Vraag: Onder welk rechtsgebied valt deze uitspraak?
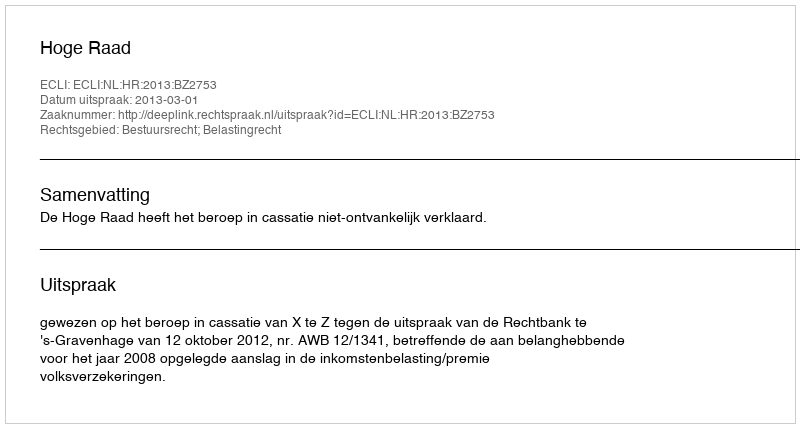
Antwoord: Bestuursrecht; Belastingrecht